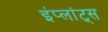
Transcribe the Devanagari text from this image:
इंप्लांट्स